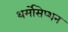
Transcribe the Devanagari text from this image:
थर्मोसेप्शन